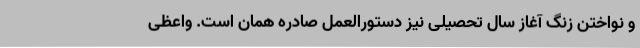
و نواختن زنگ آغاز سال تحصیلی نیز دستورالعمل صادره همان است. واعظی